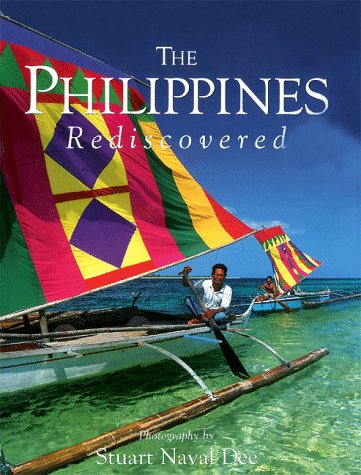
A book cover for The Philippines Rediscovered; Stuart Dee; Travel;